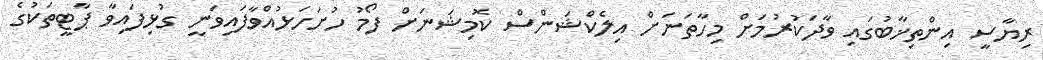
ރިޔާސީ އިންތިޚާބުގައި ވާދަކުރުމަށް މިހާތަނަށް އިލެކްޝަންްސް ކޮމިޝަނަށް ފޯމު ހުށަހަޅުއްވާފައިވަނީ ގުޅިފައިވާ ޕާޓީތަކުގެ